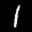
Label: 1